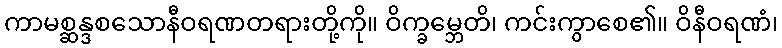
ကာမစ္ဆန္ဒစသောနီဝရဏတရားတို့ကို။ ဝိက္ခမ္ဘေတိ၊ ကင်းကွာစေ၏။ ဝိနီဝရဏံ၊